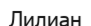
Лилиан